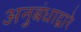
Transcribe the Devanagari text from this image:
अनुबंधाद्वारे